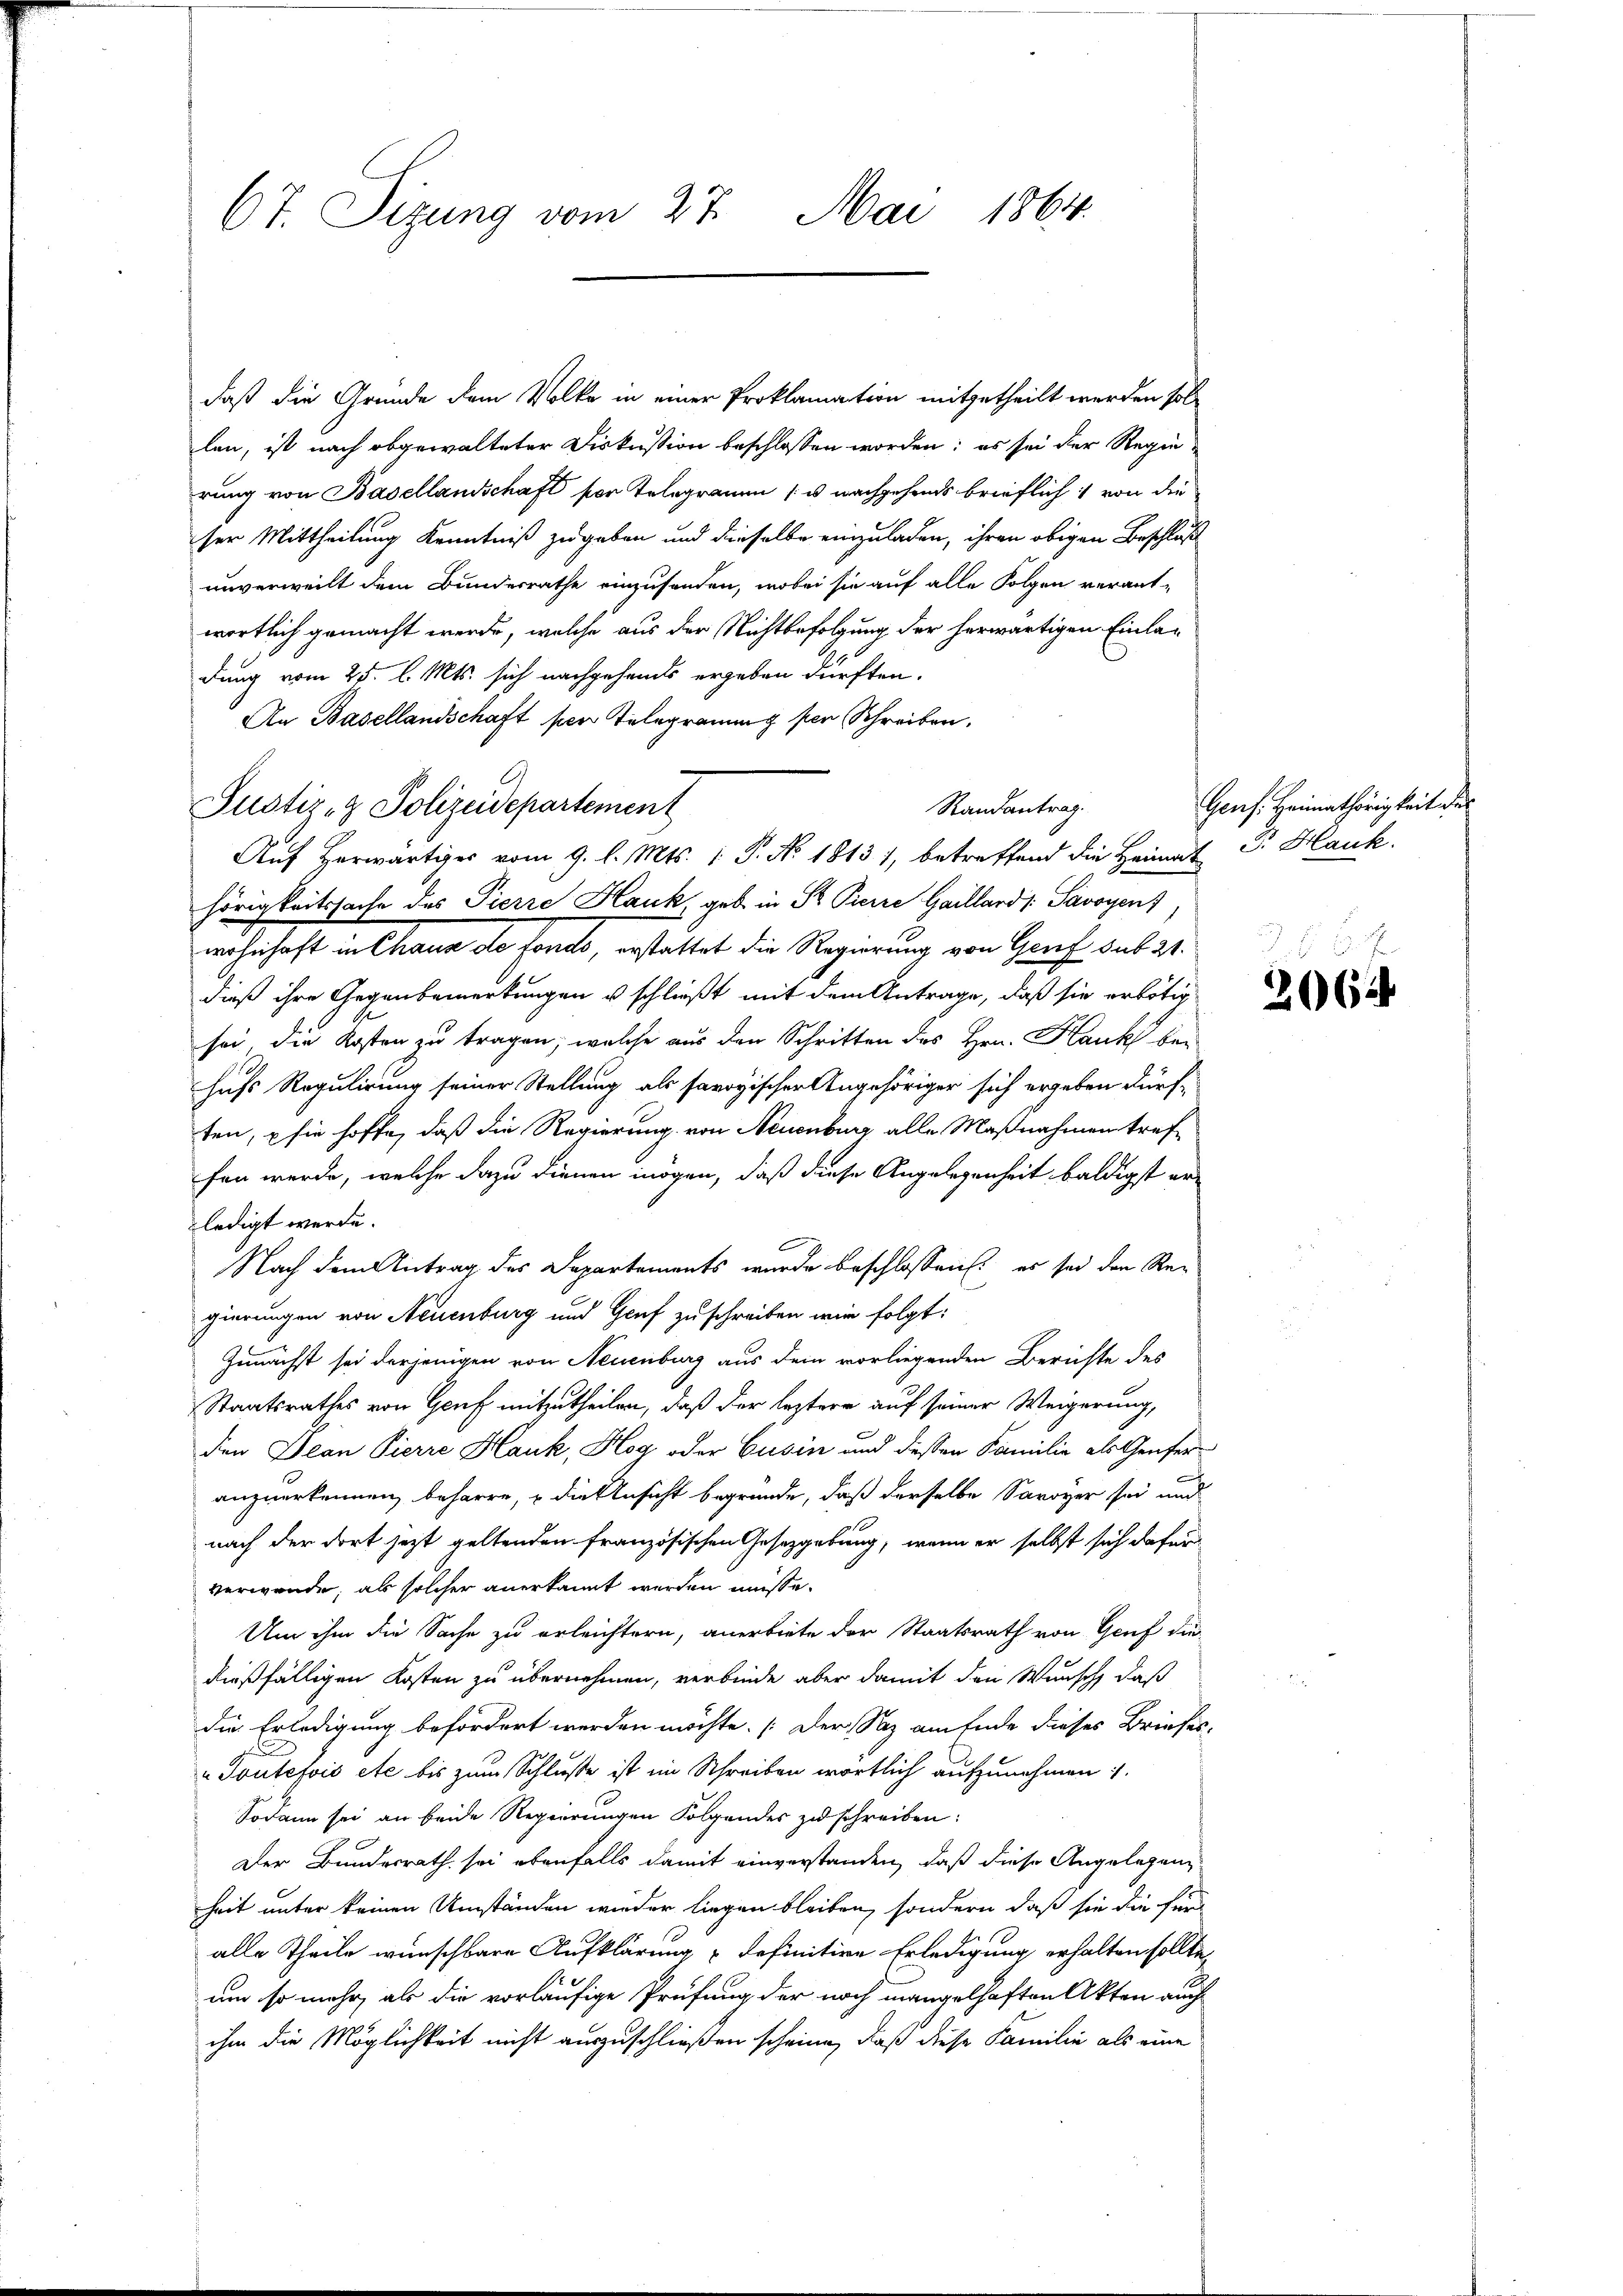
67. Sizung vom 27. Mai 1864.

daß die Grunde dem Volke in einer Proklamation mitgetheilt werden sollen, ist nach abgewalteter Diskussion beschlossen worden; es sei der Regie-
rung von Basellandschaft vor Telegramen u nachgehends brieflich von die
ser Mittheilung Kenntniß zugeben und dieselbe einzuladen, ihren obigen Beschluß
unverweilt dem Bundesrathe einzusenden, wobei sie auf alle Folgen verant-
wortlich gemacht werde, welche aus der Nichtbefolgung der herwärtigen Einladung vom 25. l. Mts. sich nachgeheits ergeben dürften.
An Basellandschaft per Telegrammg per Schreiben.
hörigkeitssache des Pierre Hauk, geb. in St. Pierre Gaillard / Savoyenz)
wohnhaft in Chaus de fonds, erstattet die Regierung von Genf sub 21.
dieß ihre Gegenbemerkungen u schließt mit dem Antrage, daß sie erbötig
sei, die Kosten zu tragen, welche aus den Schritten des Hrn. Kank bei
hufs Regulirung seiner Stellung als savoyischer Angehöriger sich ergeben dürften, sie hoffe, daß die Regierung von Neuenburg alle Maßnahmen treffen werde, welche dazu dienen mögen, daß diese Angelegenheit baldigst erledigt werde.
Nach dem Antrag des Departements wurde beschlossen: es sei den Rei
gierungen von Neuenburg und Graf zu schreiben wir folgt:
Zunächst sei derjenigen von Neuenburg aus dem vorliegenden Berichte des
Staatsrathes von Genf mitzutheilen, daß der leztere auf seiner Weigerung,
den Jean Pierre Hauk, Hag oder Cusin und dessen Familie als Genfer
anzuerkennen, beharre, u die Ansicht begründe, daß derselbe Savoyer sei und
nach der dort jetzt geltenden französischen Gesetzgebung, wenn er selbst sich dafür
verwende, als solcher anerkannt werden müsse.
Um ihm die Sache zu erleichtern, anerbiete der Staatsrath von Genf die-
dießfälligen Kosten zu übernehmen, verbinde aber damit den Wunsch, daß
die Erledigung befördert werden möchte. (Der Saz am Ende dieses Briefes-
"Toutefois etc bis zum Schluße ist im Schreiben wortlich aufzunehmen
Sodann sei an beide Regierungen Folgendes zu schreiben:
Der Bundesrath sei ebenfalls damit einverstanden, daß diese Angelegeng
heit unter keinen Umständen wieder liegen bleiben, sondern daß sie die für
alle Theile wünschbare Aufklärung definitive Erledigung erhalten sollte
um so mehr, als die vorläufige Prüfung der noch mangelhaften Akten auch
ihm die Möglichkeit nicht auszuschließen scheine, daß diese Familie als eine

Justiz- & Polizeidepartement

Auf Herwärtiger vom 9. l. Mts. 1 P. No. 18131, betreffend die Heimat Dr. Hauk.

Randantrag.

Gens. Heimathörigkeit der

2062